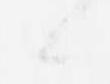
候